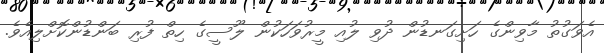
އެވަގުތު މާވިންގެ ހަށިގަނޑުން ދުވި ލުއި މީރުވަހަކުން ލޫސީގެ ހިތް ފުރި ބަންޑުންކޮށްލިއެވެ.